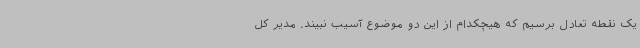
یک نقطه تعادل برسیم که هیچکدام از این دو موضوع آسیب نبیند. مدیر کل